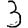
Digit: 3